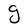
Character: g